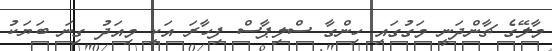
މާލޭގެ ޗާންދަނީ މަގުގައި ހިންގާ ސްލިޕާސް ފިހާރަ އަކީ މިއަދު ގިނަ ބަޔަކު